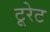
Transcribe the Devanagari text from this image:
टूरेट